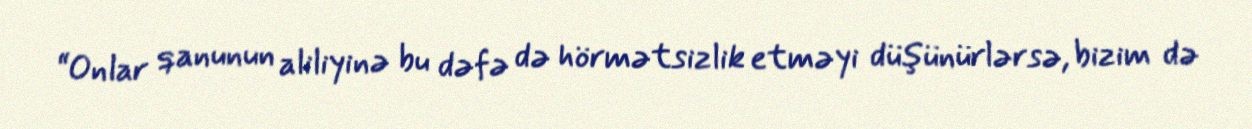
“Onlar qanunun aliliyinə bu dəfə də hörmətsizlik etməyi düşünürlərsə, bizim də